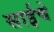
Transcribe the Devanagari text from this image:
साईचे